Leaving Certificate Examination, 1914
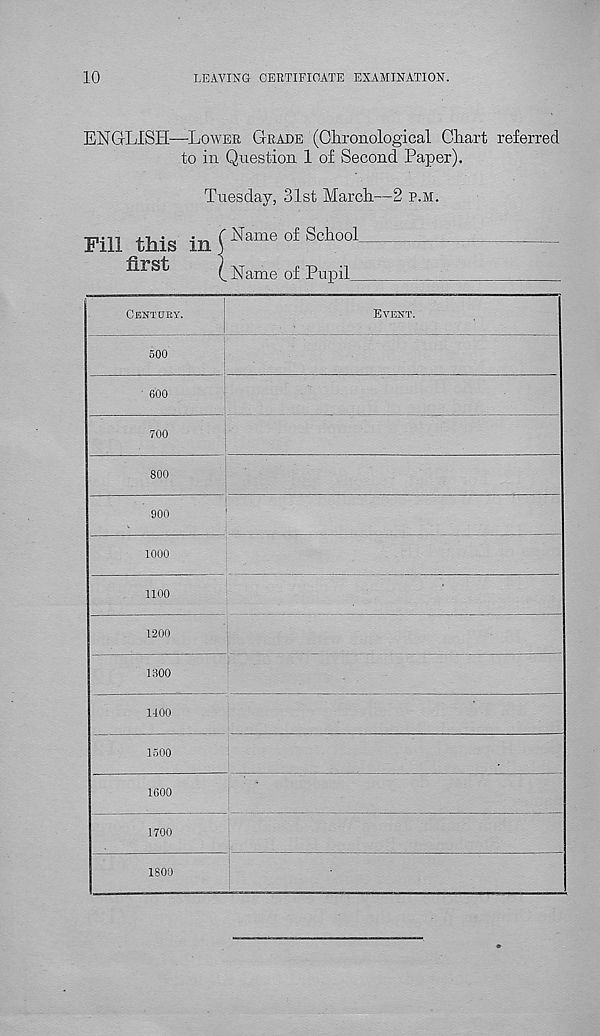
10
LEAVING CERTIFICATE EXAMINATION.
ENGLISH—LOWER GRADE (Chronological Chart referred
to in Question 1 of Second Paper).
Tuesday, 31st March—2 P.M.
Fill this in ( Name of School..
flrSt
l Name of Pupil
CENTURY.
500
600
700
800
900
1000
1100
1200
1300
EVENT.
110®
1500
1600
1700
1800